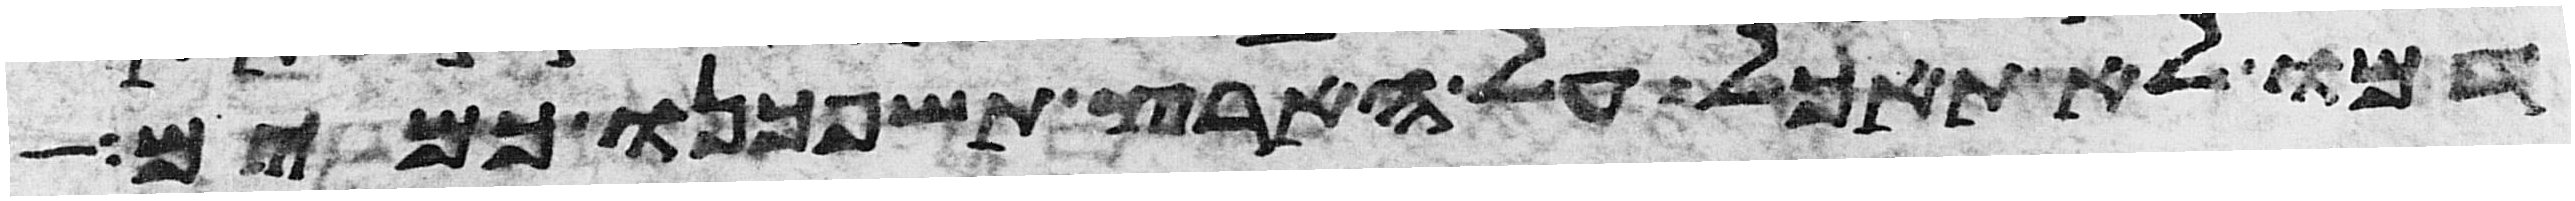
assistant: דמו לא תאכל על הארץ תשפכנו כמים